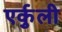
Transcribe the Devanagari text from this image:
एर्कुली